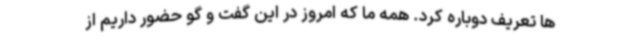
ها تعریف دوباره کرد. همه ما که امروز در این گفت و گو حضور داریم از